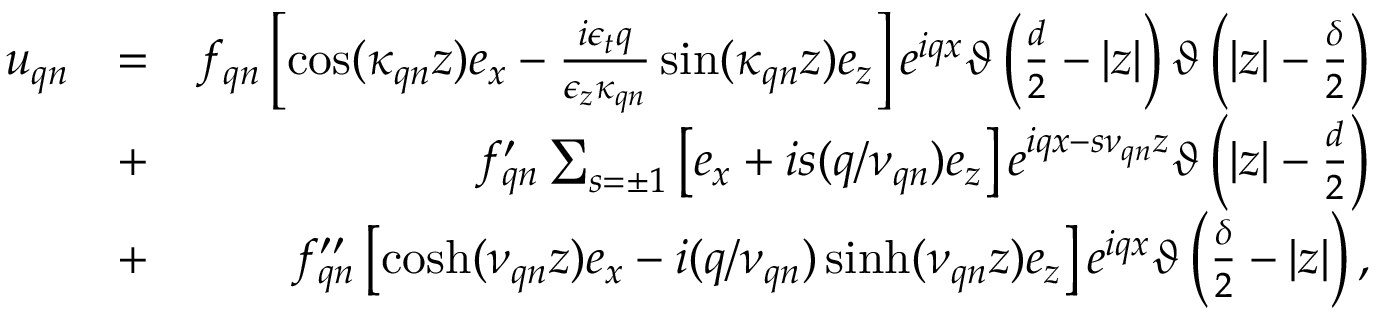
\begin{array} { r l r } { \boldsymbol { u } _ { \boldsymbol { q } n } } & { = } & { f _ { \boldsymbol { q } n } \left[ \cos ( \kappa _ { \boldsymbol { q } n } z ) \boldsymbol { e } _ { x } - \frac { i \epsilon _ { t } q } { \epsilon _ { z } \kappa _ { \boldsymbol { q } n } } \sin ( \kappa _ { \boldsymbol { q } n } z ) \boldsymbol { e } _ { z } \right] e ^ { i q x } \vartheta \left( \frac { d } { 2 } - | z | \right) \vartheta \left( | z | - \frac { \delta } { 2 } \right) } \\ & { + } & { f _ { \boldsymbol { q } n } ^ { \prime } \sum _ { s = \pm 1 } \left[ \boldsymbol { e } _ { x } + i s ( q / \nu _ { \boldsymbol { q } n } ) \boldsymbol { e } _ { z } \right] e ^ { i q x - s \nu _ { \boldsymbol { q } n } z } \vartheta \left( | z | - \frac { d } { 2 } \right) } \\ & { + } & { f _ { \boldsymbol { q } n } ^ { \prime \prime } \left[ \cosh ( \nu _ { \boldsymbol { q } n } z ) \boldsymbol { e } _ { x } - i ( q / \nu _ { \boldsymbol { q } n } ) \sinh ( \nu _ { \boldsymbol { q } n } z ) \boldsymbol { e } _ { z } \right] e ^ { i q x } \vartheta \left( \frac { \delta } { 2 } - | z | \right) , } \end{array}